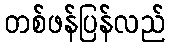
တစ်ဖန်ပြန်လည်